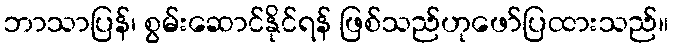
ဘာသာပြန်၊ စွမ်းဆောင်နိုင်ရန် ဖြစ်သည်ဟုဖော်ပြထားသည်။